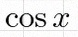
\cos x